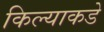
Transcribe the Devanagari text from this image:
किल्याकडे